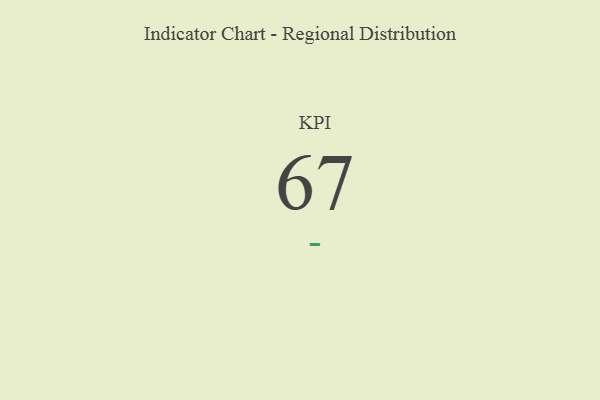
{"axis": {"x": "KPI", "y": "Value"}, "legend": [""], "data": [{"x": "KPI", "y": 67, "type": ""}]}